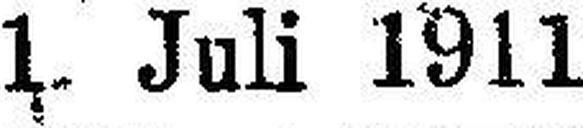
1. Juli 1911